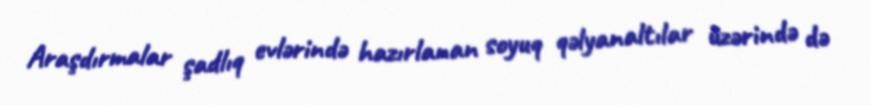
Araşdırmalar şadlıq evlərində hazırlanan soyuq qəlyanaltılar üzərində də